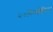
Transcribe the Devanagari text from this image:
२०किलोमिटर